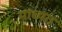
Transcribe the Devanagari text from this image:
माध्यत